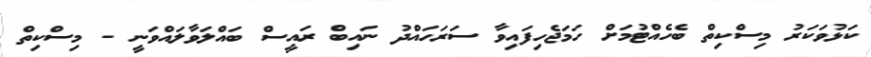
ކަޅުވަކަރު މިސްކިތް ބެހެއްޓުމަށް ހަމަޖެހިފައިވާ ސަރަހައްދު ނައިބް ރައީސް ބައްލަވާލައްވަނީ - މިސްކިތް